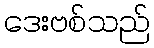
ဒေးဗစ်သည်